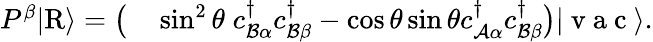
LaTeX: \begin{array}{rl}{P^{\beta}\vert\mathrm{R}\rangle=\big(}&{{}\sin^{2}\theta\; {c}_{\mathcal{B}\alpha}^{\dagger}{c}_{\mathcal{B}\beta}^{\dagger}-\cos\theta\sin\theta{c}_{\mathcal{A}\alpha}^{\dagger}{c}_{\mathcal{B}\beta}^{\dagger}\big)\vert\mathrm{~v~a~c~}\rangle.}\end{array}